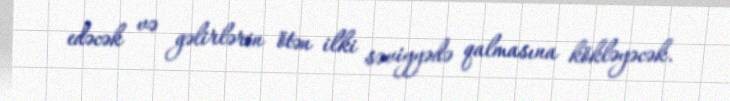
edəcək və gəlirlərin ötən ilki səviyyədə qalmasına kökləyəcək.